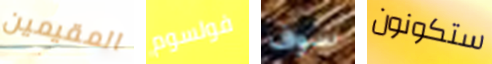
المقيمين فولسوم سوف ستكونون